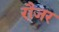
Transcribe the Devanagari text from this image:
रौजर